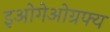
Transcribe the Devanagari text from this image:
इओगेओग्रफ्य